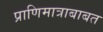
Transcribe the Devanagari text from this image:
प्राणिमात्राबाबत